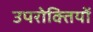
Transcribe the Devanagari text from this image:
उपरोक्तियों